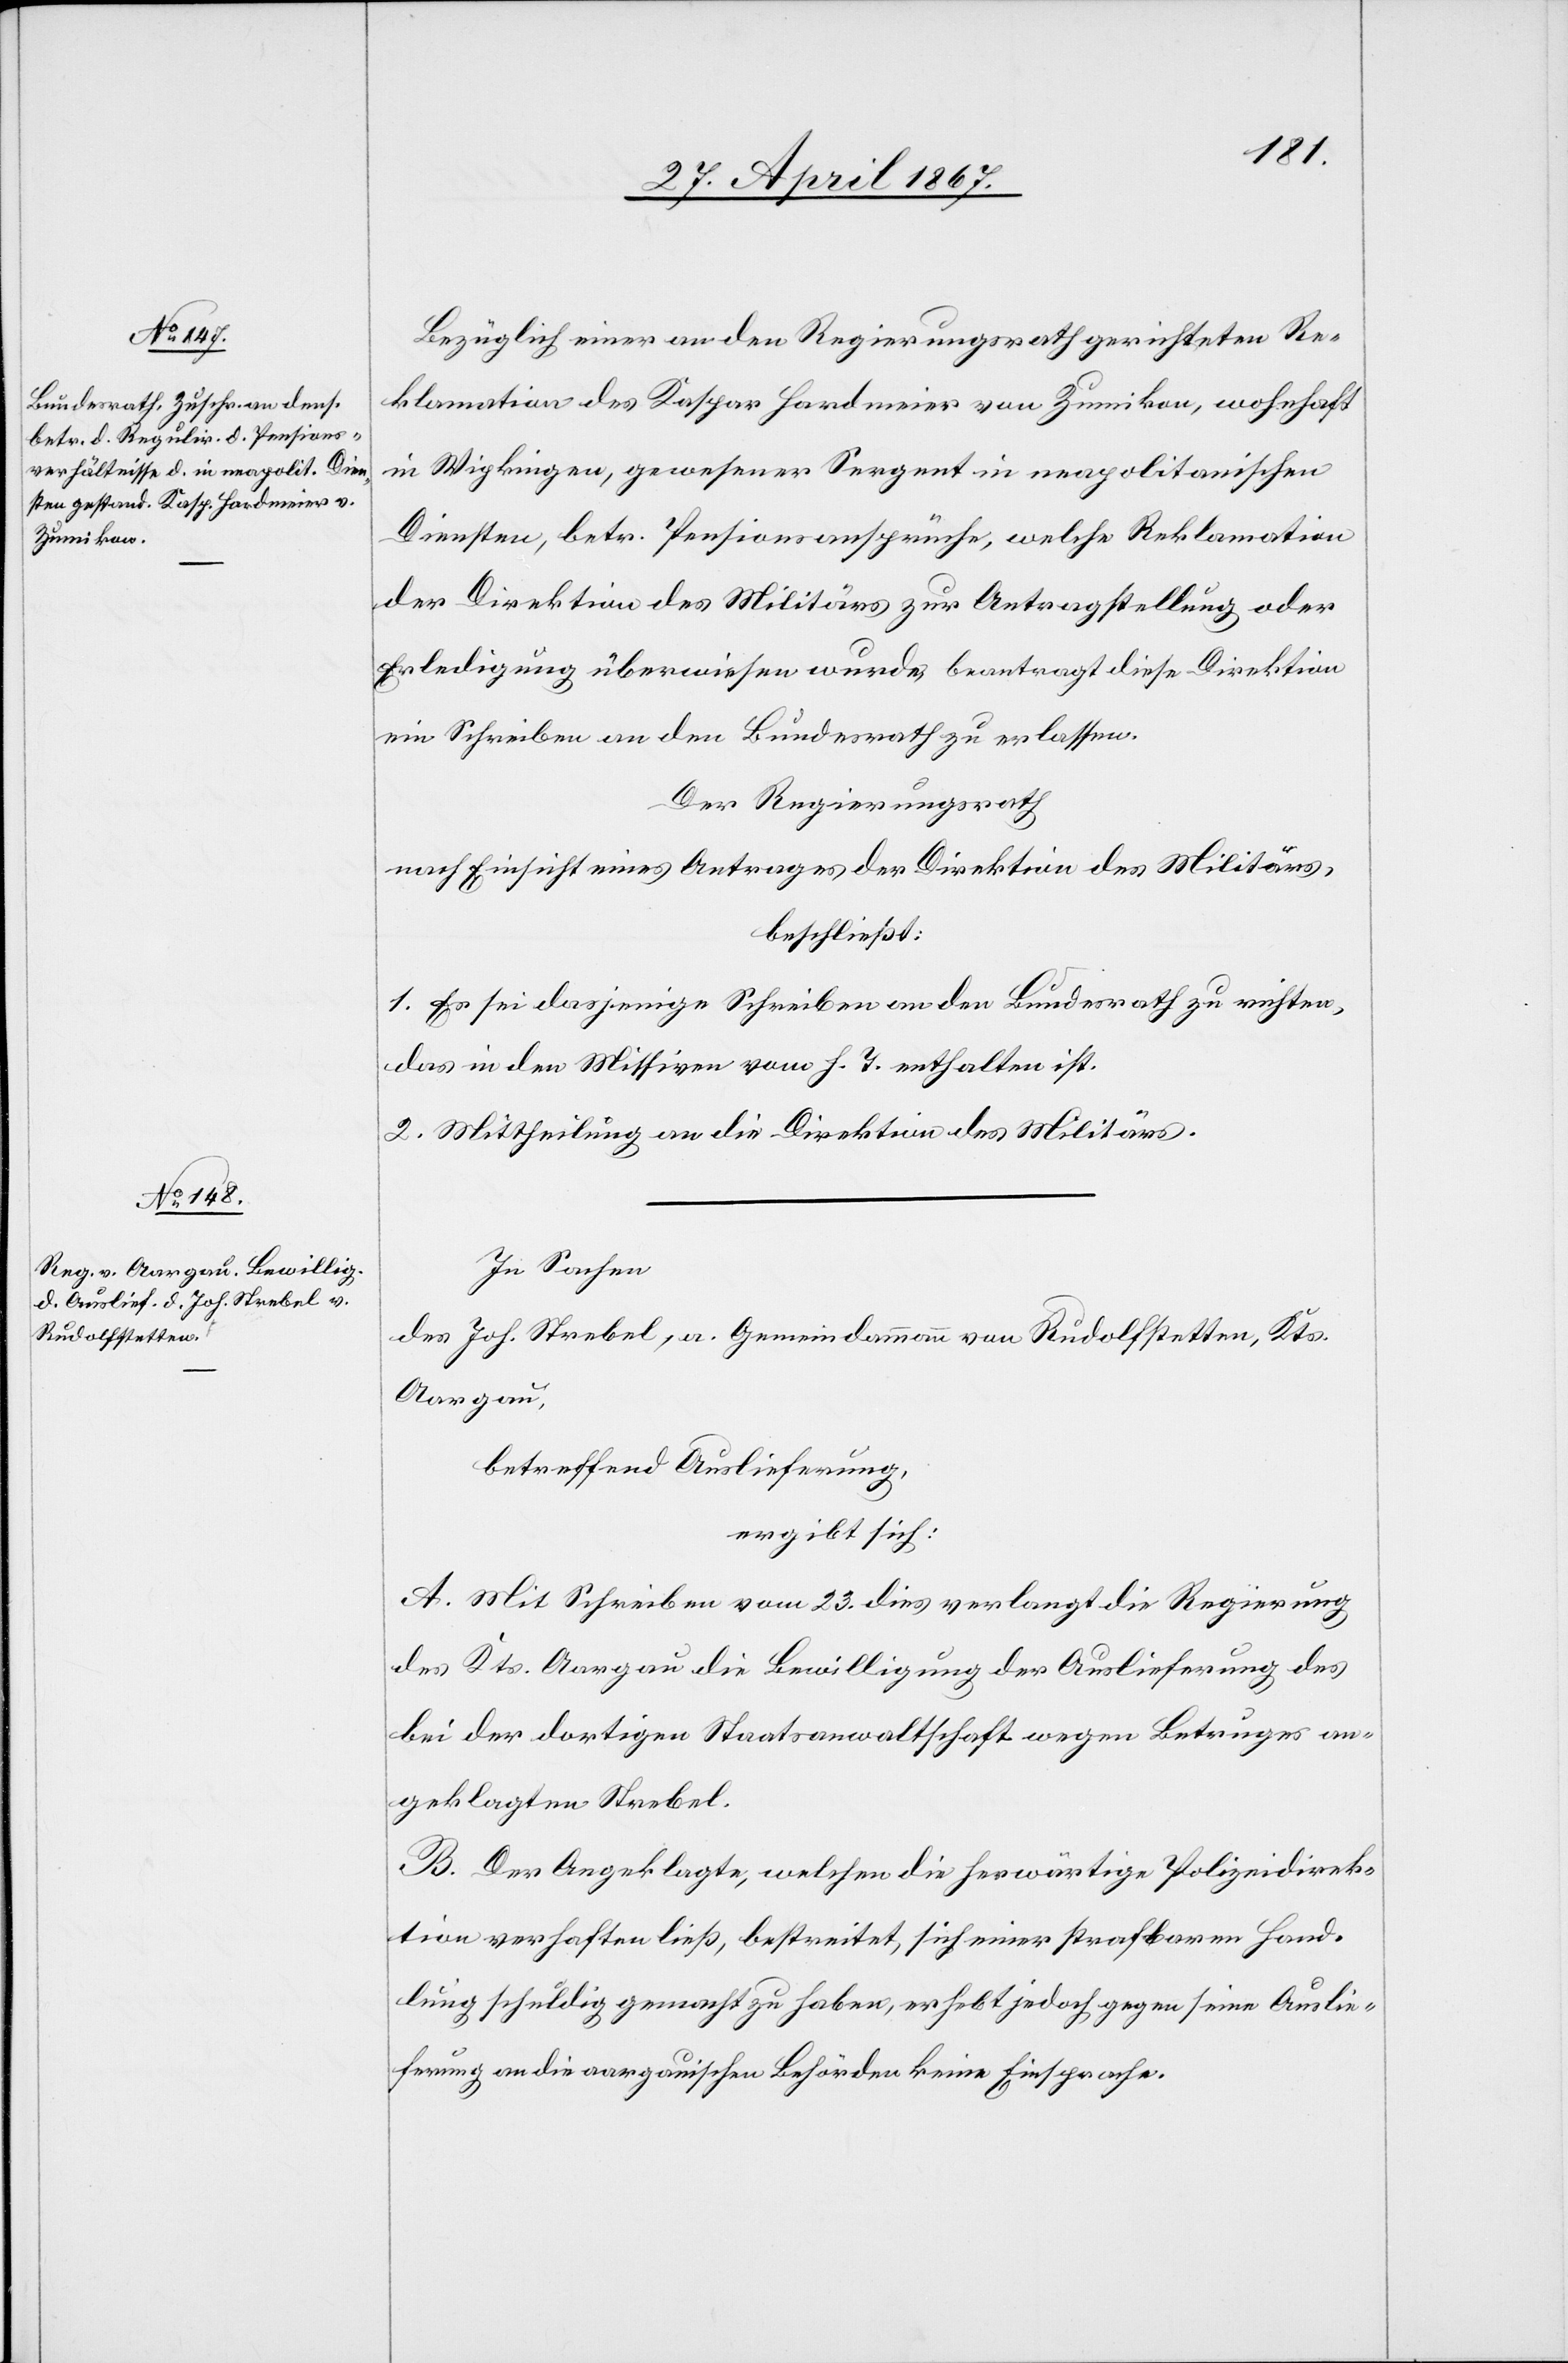
Bezüglich einer an den Regierungsrath gerichteten Re¬
klamation des Kaspar Handmeier von Zumikon, wohnhaft
in Wipkingen, gewesener Sergent in neapolitanischen
Diensten, betr. Pensionsansprüche, welche Reklamation
der Direktion des Militärs zur Antragstellung oder
Erledigung überwiesen wurde, beantragt diese Direktion
mit Schreiben an den Bundesrath zu erlassen.
Der Regierungsrath
nach Einsicht eines Antrages der Direktion des Militärs,
beschließt:
1. Es sei dasjenige Schreiben an den Bundesrath zu richten,
das in den Missiven vom h. T. enthalten ist.
2. Mittheilung an die Direktion des Militärs.
In Sachen
des Joh. Strebel, a. Gemeindammann von Rudolfstetten, Kts.
Aargau,
betreffend Auslieferung,
ergibt sich:
A. Mit Schreiben vom 23. dies verlangt die Regierung
des Kts. Aargau die Bewilligung der Auslieferung des
bei der dortigen Staatsanwaltschaft wegen Betruges an¬
geklagten Strebel.
B. Der Angeklagte, welchen die herwärtige Polizeidirek¬
tion verhaften ließ, bestreitet, sich einer strafbaren Hand¬
lung schuldig gemacht zu haben, erhebt jedoch gegen seine Auslie¬
ferung an die aargauischen Behörden keine Einsprache.